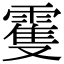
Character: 䨥